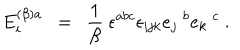
LaTeX: E _ { i } ^ { ( \beta ) a } ~ ~ = ~ ~ \frac { 1 } { \beta } ~ \epsilon ^ { a b c } \epsilon _ { i j k } e _ { j } ~ ^ { b } e _ { k } ~ ^ { c } ~ .